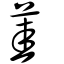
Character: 茥